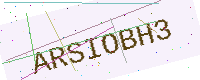
Text: ARSIOBH3